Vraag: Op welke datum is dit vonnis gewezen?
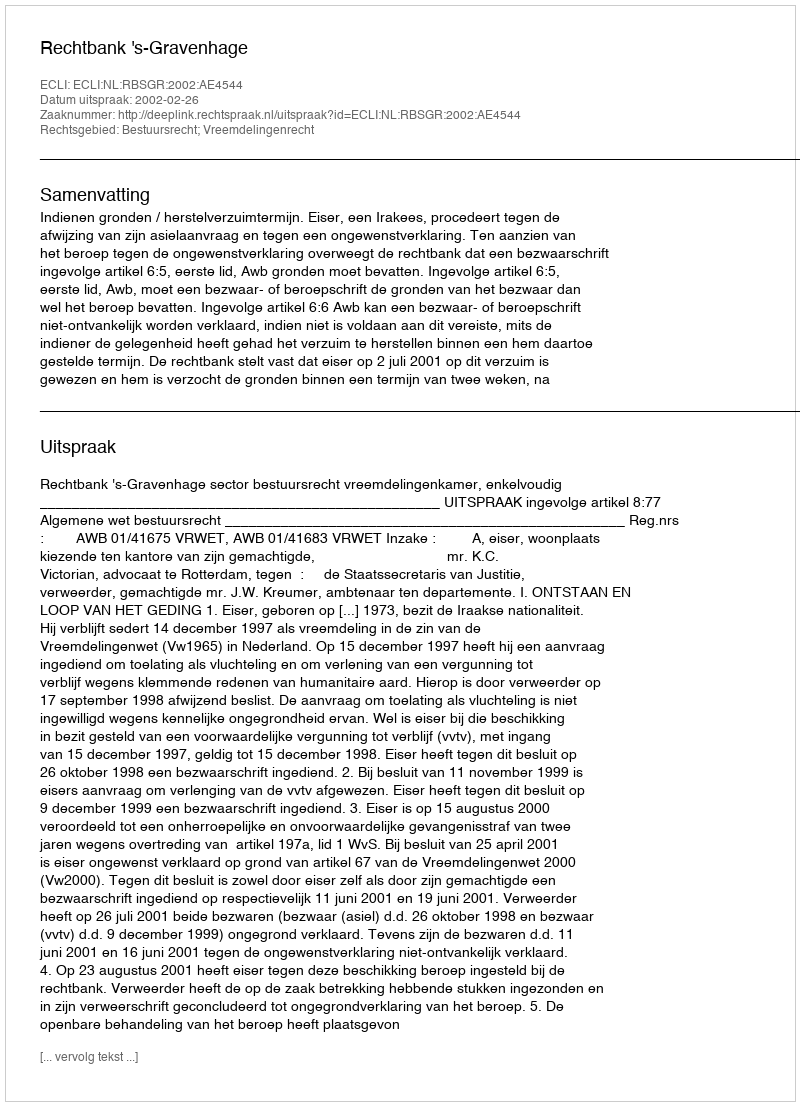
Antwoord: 2002-02-26